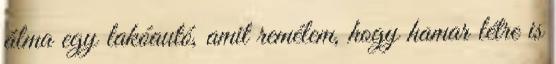
álma egy lakóautó, amit remélem, hogy hamar létre is